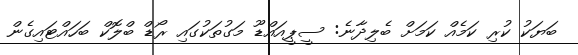
ބަޔަކު ކުރި ކަމެއް ކަމަށް ބެލިދާނެ: ސީޕީއައްޑޫ މަގުތަކުގައި ރޯޑް ބްލޮކް ބަހައްޓައިގެން